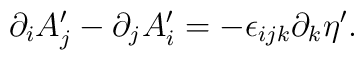
\partial_i A'_j-\partial_j A'_i=-\epsilon_{ijk}\partial_k\eta' .